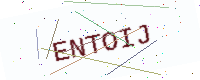
Text: ENTOIJ